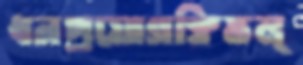
ধনপ্রয়োগক্লিভল্